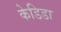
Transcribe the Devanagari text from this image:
केडिडा